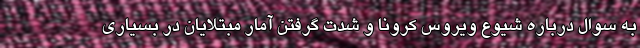
به سوال درباره شیوع ویروس کرونا و شدت گرفتن آمار مبتلایان در بسیاری